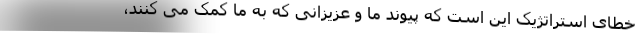
خطای استراتژیک این است که پیوند ما و عزیزانی که به ما کمک می کنند،